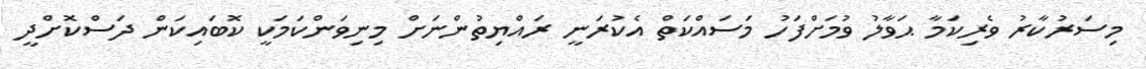
މިސަރުކާރު ވެރިކަމާ ޙަވާލު ވުމަށްފަހު މަސައްކަތް އެކުރަނީ ރައްޔިތުންނަށް މިނިވަންކަމަކީ ކޮބައިކަން ދަސްކޮށްދީ